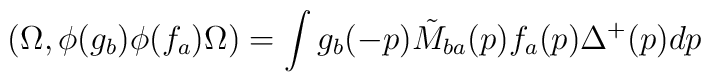
(\Omega,\phi(g_b)\phi(f_a)\Omega ) =\int g_b(-p)\tilde M_{ba}(p)f_a(p)\Delta^+(p)dp